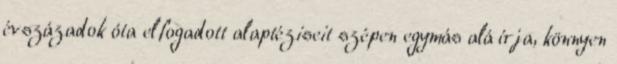
évszázadok óta elfogadott alaptéziseit szépen egymás alá írja, könnyen